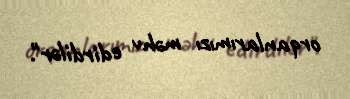
orqanlarımızı məhv edirdilər".